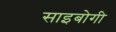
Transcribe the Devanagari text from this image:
साइबोगी